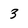
Character: 3